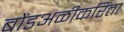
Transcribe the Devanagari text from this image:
बोंडअळीकरिता